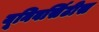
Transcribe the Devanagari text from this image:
यूनिवर्सिटीस